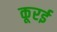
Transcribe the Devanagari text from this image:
कूरई